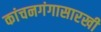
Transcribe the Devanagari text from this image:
कांचनगंगासारखी